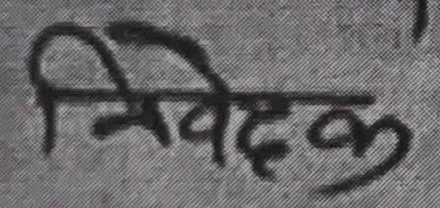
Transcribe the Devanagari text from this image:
निवेदक